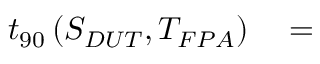
\begin{array} { r l } { t _ { 9 0 } \left( S _ { D U T } , T _ { F P A } \right) } & { { } = } \end{array}